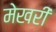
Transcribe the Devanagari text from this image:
मेखरी